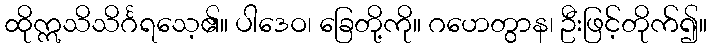
ထိုဣသိသိင်္ဂရသေ့၏။ ပါဒေဝ၊ ခြေတို့ကို။ ဂဟေတွာန၊ ဦးဖြင့်တိုက်၍။